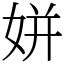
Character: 姘